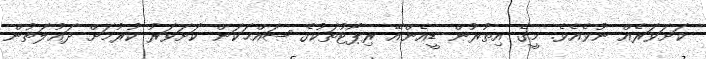
ކަށަވަރެއް ނުވެއެވެ. މީގެ އިތުރުން ޑީއެންއޭ ރިޕޯޓުތަކުގެ ޞައްޙަކަން ކަށަވަރު ކުރުމަށް ދައުލަތުން